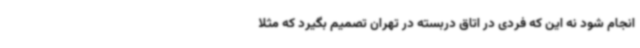
انجام شود نه این که فردی در اتاق دربسته در تهران تصمیم بگیرد که مثلا